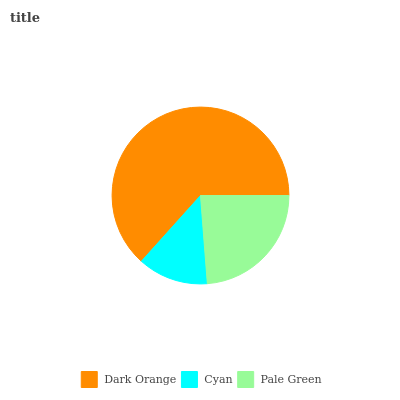
| Dark Orange | Cyan | Pale Green |
 | --- | --- | --- |
 | 63.4% | 12.9% | 23.7% |